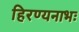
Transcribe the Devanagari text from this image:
हिरण्यनाभः